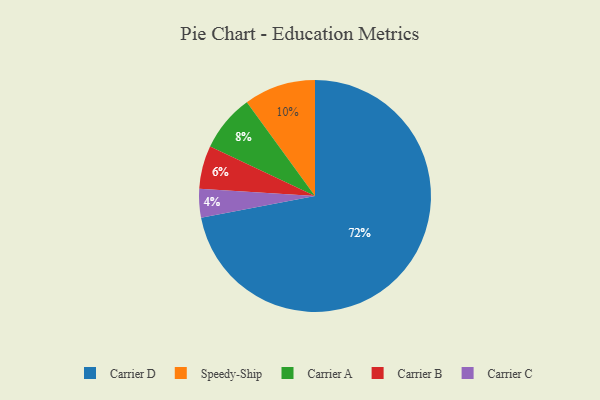
{"axis": {"x": "Category", "y": "Percentage"}, "legend": ["Carrier A", "Carrier B", "Carrier C", "Carrier D", "Speedy-Ship"], "data": [{"x": "Carrier B", "y": 6, "type": "Carrier B"}, {"x": "Speedy-Ship", "y": 10, "type": "Speedy-Ship"}, {"x": "Carrier C", "y": 4, "type": "Carrier C"}, {"x": "Carrier A", "y": 8, "type": "Carrier A"}, {"x": "Carrier D", "y": 72, "type": "Carrier D"}]}